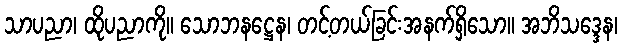
သာပညာ၊ ထိုပညာကို။ သောဘနဋ္ဌေန၊ တင့်တယ်ခြင်းအနက်ရှိသော။ အဘိသဒ္ဒေန၊